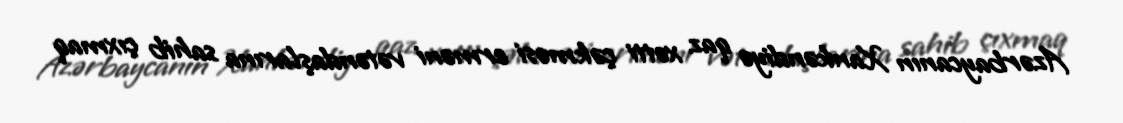
Azərbaycanın Xankəndiyə qaz xətti çəkməsi erməni vətəndaşlarına sahib çıxmaq